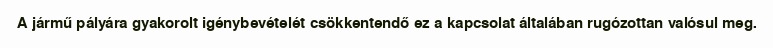
A jármű pályára gyakorolt igénybevételét csökkentendő ez a kapcsolat általában rugózottan valósul meg.